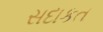
સદાકત